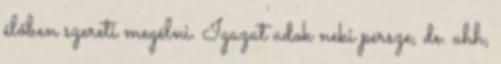
élőben szereti megélni. Igazat adok neki persze, de. ahh,